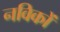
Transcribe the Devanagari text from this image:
नविकों